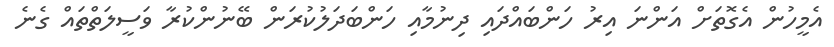
އެމީހުން އެގޮތަށް އަންނަ އިރު ހަންބައްދައި ދިނުމާއި ހަންބަދަލުކުރަން ބޭނުންކުރާ ވަސީލަތްތައް ގެނެ